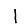
Digit: 1